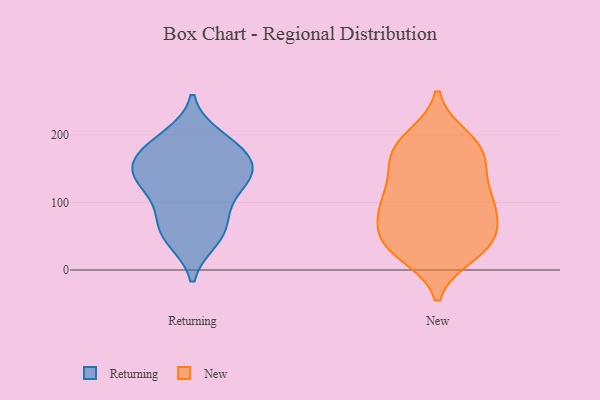
{"axis": {"x": "Shipments", "y": "Value"}, "legend": ["New", "Returning"], "data": [{"x": "", "y": 176, "type": "Returning"}, {"x": "", "y": 45, "type": "Returning"}, {"x": "", "y": 98, "type": "Returning"}, {"x": "", "y": 197, "type": "Returning"}, {"x": "", "y": 150, "type": "Returning"}, {"x": "", "y": 49, "type": "Returning"}, {"x": "", "y": 130, "type": "Returning"}, {"x": "", "y": 78, "type": "Returning"}, {"x": "", "y": 133, "type": "Returning"}, {"x": "", "y": 189, "type": "Returning"}, {"x": "", "y": 61, "type": "Returning"}, {"x": "", "y": 159, "type": "Returning"}, {"x": "", "y": 172, "type": "Returning"}, {"x": "", "y": 142, "type": "Returning"}, {"x": "", "y": 130, "type": "Returning"}, {"x": "", "y": 91, "type": "New"}, {"x": "", "y": 171, "type": "New"}, {"x": "", "y": 106, "type": "New"}, {"x": "", "y": 24, "type": "New"}, {"x": "", "y": 30, "type": "New"}, {"x": "", "y": 195, "type": "New"}, {"x": "", "y": 36, "type": "New"}, {"x": "", "y": 102, "type": "New"}, {"x": "", "y": 39, "type": "New"}, {"x": "", "y": 48, "type": "New"}, {"x": "", "y": 157, "type": "New"}, {"x": "", "y": 161, "type": "New"}, {"x": "", "y": 188, "type": "New"}, {"x": "", "y": 135, "type": "New"}, {"x": "", "y": 48, "type": "New"}, {"x": "", "y": 95, "type": "New"}, {"x": "", "y": 185, "type": "New"}, {"x": "", "y": 100, "type": "New"}, {"x": "", "y": 68, "type": "New"}]}